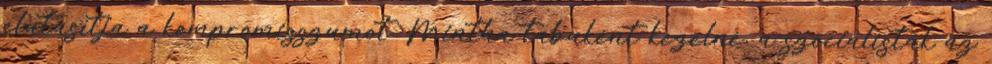
elutasítja a kompromisszumot. Mintha tabuként kezelné, a szocialisták az